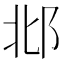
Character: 邶